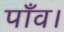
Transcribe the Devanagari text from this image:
पाँव।